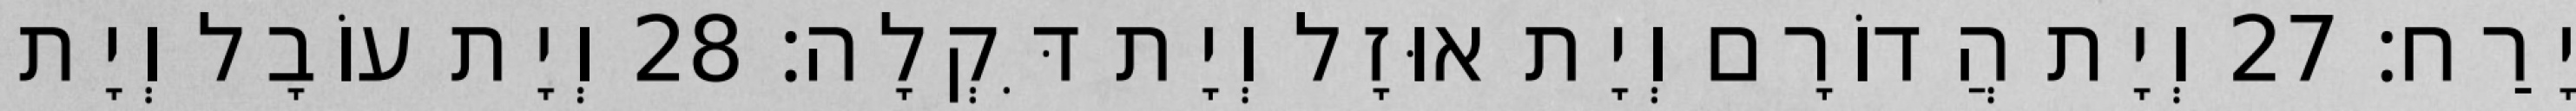
יָרַח׃ 27 וְיָת הֲדוֹרָם וְיָת אוּזָל וְיָת דִּקְלָה׃ 28 וְיָת עוֹבָל וְיָת